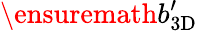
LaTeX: \ensuremath{b_{\mathrm{3D}}^{\prime}}